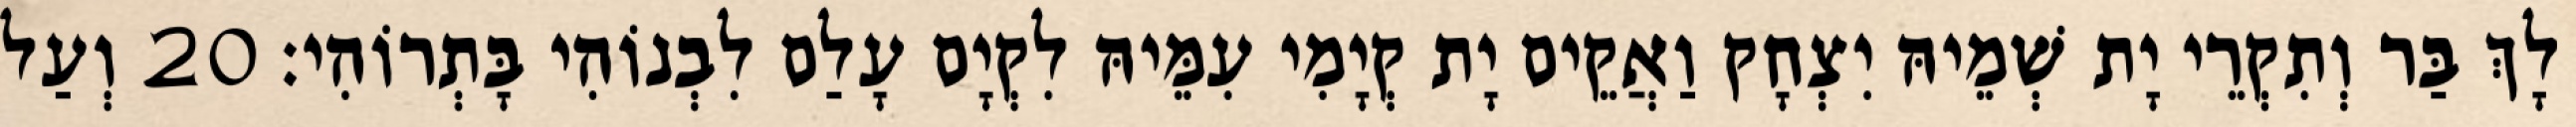
לָךְ בַּר וְתִקְרֵי יָת שְׁמֵיהּ יִצְחָק וַאֲקֵים יָת קְיָמִי עִמֵּיהּ לִקְיָם עָלַם לִבְנוֹהִי בָּתְרוֹהִי׃ 20 וְעַל